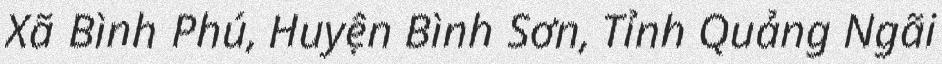
Xã Bình Phú, Huyện Bình Sơn, Tỉnh Quảng Ngãi